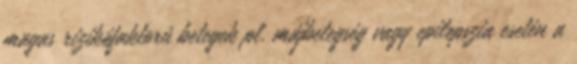
magas rizikófaktorú betegek pl. májbetegség vagy epilepszia esetén a